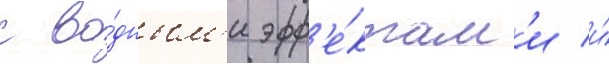
с во́дным'и эфф'е́ктам'и и́